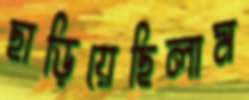
ছাড়িয়েছিলাম